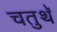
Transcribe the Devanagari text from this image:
चतुथॅ